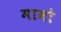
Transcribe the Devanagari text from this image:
मामो